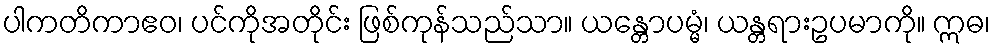
ပါကတိကာဧဝ၊ ပင်ကိုအတိုင်း ဖြစ်ကုန်သည်သာ။ ယန္တောပမ္မံ၊ ယန္တရားဥပမာကို။ ဣဓ၊